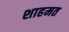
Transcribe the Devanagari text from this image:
शाहमत